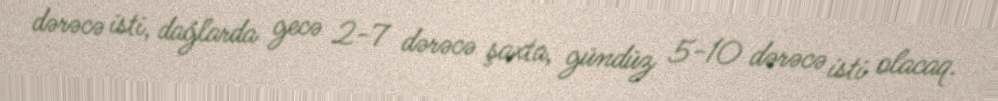
dərəcə isti, dağlarda gecə 2-7 dərəcə şaxta, gündüz 5-10 dərəcə isti olacaq.